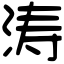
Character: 涛